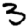
Digit: 3